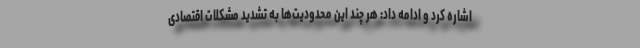
اشاره کرد و ادامه داد: هر چند این محدودیت‌ها به تشدید مشکلات اقتصادی